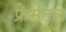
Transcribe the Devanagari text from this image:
फ्रेमेंटल